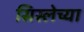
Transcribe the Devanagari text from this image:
सिस्लेच्या